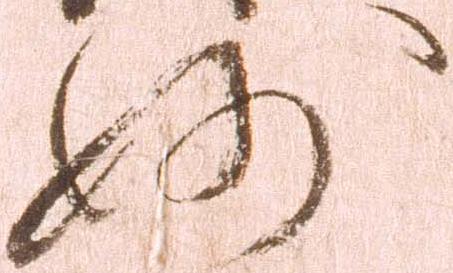
妙